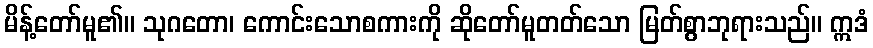
မိန့်တော်မူ၏။ သုဂတော၊ ကောင်းသောစကားကို ဆိုတော်မူတတ်သော မြတ်စွာဘုရားသည်။ ဣဒံ